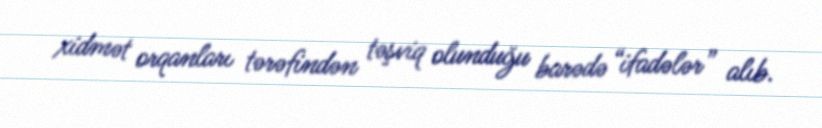
xidmət orqanları tərəfindən təşviq olunduğu barədə “ifadələr” alıb.